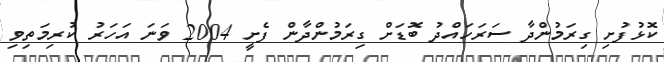
ކޮޅުފުށި ގިރަމުންދާ ސަރަހައްދު ބޮޑަށް ގިރަމުންދާން ފެށީ 2004 ވަނަ އަހަރު ކުރިމަތިވި